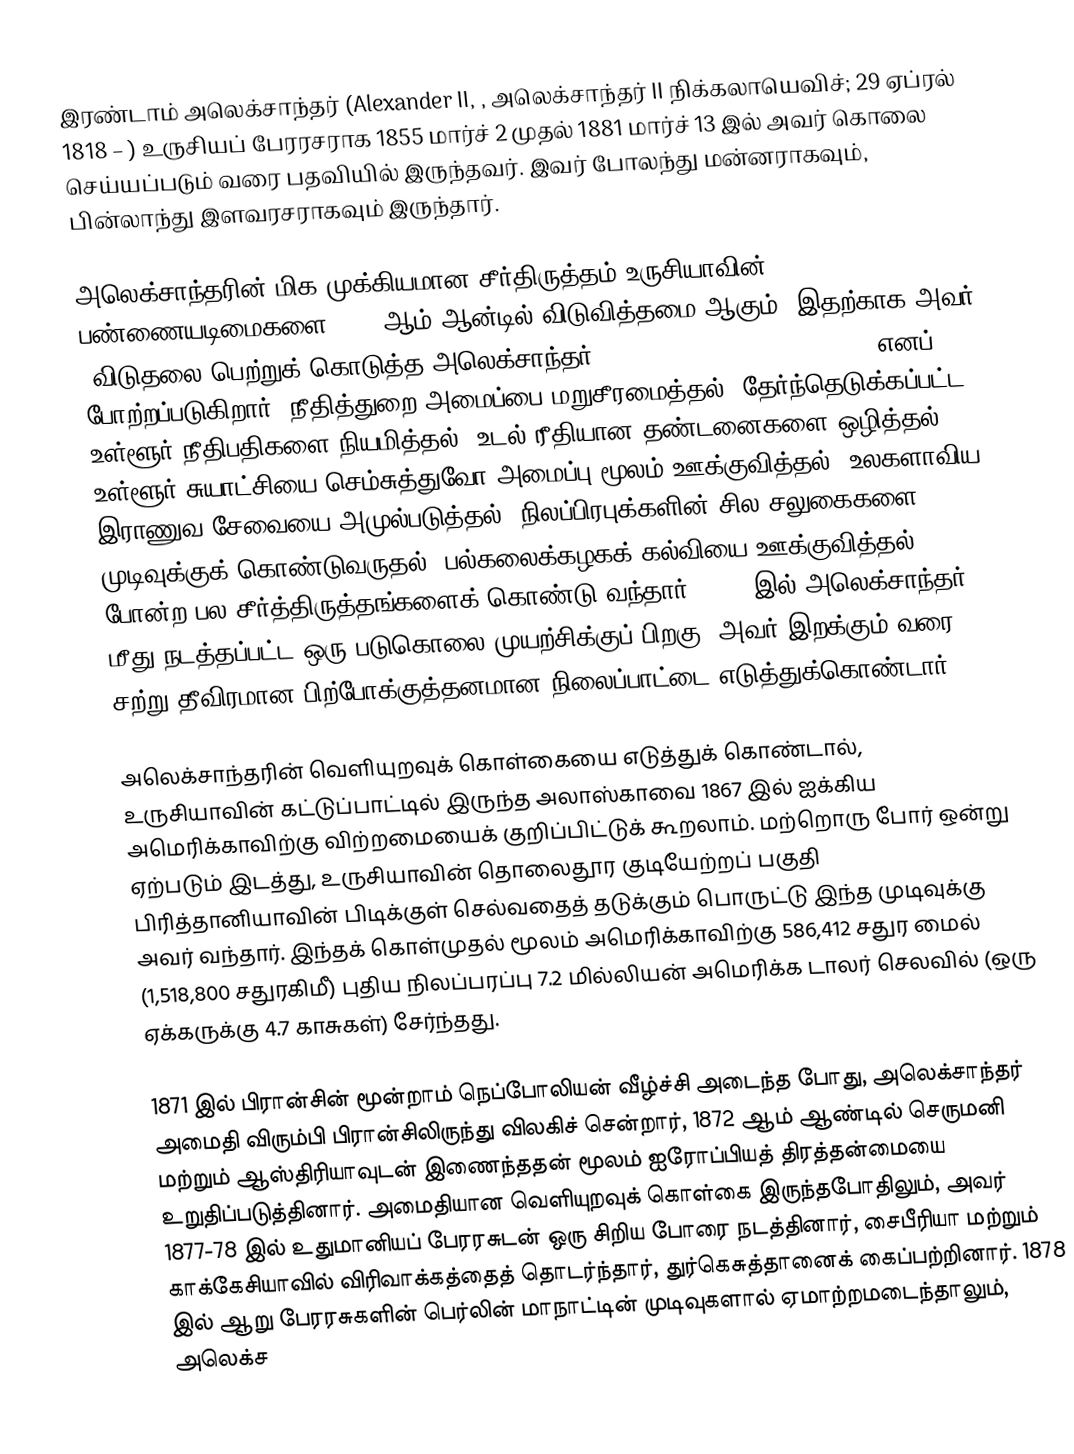
இரண்டாம் அலெக்சாந்தர் (Alexander II, , அலெக்சாந்தர் II நிக்கலாயெவிச்; 29 ஏப்ரல் 1818  – ) உருசியப் பேரரசராக 1855 மார்ச் 2 முதல் 1881 மார்ச் 13 இல் அவர் கொலை செய்யப்படும் வரை பதவியில் இருந்தவர். இவர் போலந்து மன்னராகவும், பின்லாந்து இளவரசராகவும் இருந்தார்.

அலெக்சாந்தரின் மிக முக்கியமான சீர்திருத்தம் உருசியாவின் பண்ணையடிமைகளை 1861 ஆம் ஆன்டில் விடுவித்தமை ஆகும். இதற்காக அவர் "விடுதலை பெற்றுக் கொடுத்த அலெக்சாந்தர்" (Alexander the Liberator; ) எனப் போற்றப்படுகிறார். நீதித்துறை அமைப்பை மறுசீரமைத்தல், தேர்ந்தெடுக்கப்பட்ட உள்ளூர் நீதிபதிகளை நியமித்தல், உடல் ரீதியான தண்டனைகளை ஒழித்தல், உள்ளூர் சுயாட்சியை செம்சுத்துவோ அமைப்பு மூலம் ஊக்குவித்தல், உலகளாவிய இராணுவ சேவையை அமுல்படுத்தல், நிலப்பிரபுக்களின் சில சலுகைகளை முடிவுக்குக் கொண்டுவருதல், பல்கலைக்கழகக் கல்வியை ஊக்குவித்தல் போன்ற பல சீர்த்திருத்தங்களைக் கொண்டு வந்தார். 1866 இல் அலெக்சாந்தர் மீது நடத்தப்பட்ட ஒரு படுகொலை முயற்சிக்குப் பிறகு, அவர் இறக்கும் வரை சற்று தீவிரமான பிற்போக்குத்தனமான நிலைப்பாட்டை எடுத்துக்கொண்டார்.

அலெக்சாந்தரின் வெளியுறவுக் கொள்கையை எடுத்துக் கொண்டால், உருசியாவின் கட்டுப்பாட்டில் இருந்த அலாஸ்காவை 1867 இல் ஐக்கிய அமெரிக்காவிற்கு விற்றமையைக் குறிப்பிட்டுக் கூறலாம். மற்றொரு போர் ஒன்று ஏற்படும் இடத்து, உருசியாவின் தொலைதூர குடியேற்றப் பகுதி பிரித்தானியாவின் பிடிக்குள் செல்வதைத் தடுக்கும் பொருட்டு இந்த முடிவுக்கு அவர் வந்தார். இந்தக் கொள்முதல் மூலம் அமெரிக்காவிற்கு 586,412 சதுர மைல் (1,518,800 சதுரகிமீ) புதிய நிலப்பரப்பு 7.2 மில்லியன் அமெரிக்க டாலர் செலவில் (ஒரு ஏக்கருக்கு 4.7 காசுகள்) சேர்ந்தது.

1871 இல் பிரான்சின் மூன்றாம் நெப்போலியன் வீழ்ச்சி அடைந்த போது, அலெக்சாந்தர் அமைதி விரும்பி பிரான்சிலிருந்து விலகிச் சென்றார், 1872 ஆம் ஆண்டில் செருமனி மற்றும் ஆஸ்திரியாவுடன் இணைந்ததன் மூலம் ஐரோப்பியத் திரத்தன்மையை உறுதிப்படுத்தினார். அமைதியான வெளியுறவுக் கொள்கை இருந்தபோதிலும், அவர் 1877-78 இல் உதுமானியப் பேரரசுடன் ஒரு சிறிய போரை நடத்தினார், சைபீரியா மற்றும் காக்கேசியாவில் விரிவாக்கத்தைத் தொடர்ந்தார், துர்கெசுத்தானைக் கைப்பற்றினார். 1878 இல் ஆறு பேரரசுகளின் பெர்லின் மாநாட்டின் முடிவுகளால் ஏமாற்றமடைந்தாலும், அலெக்ச